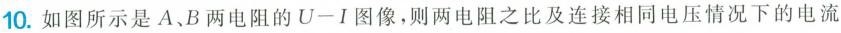
10.如图所示是A、B两电阻的U-I图像，则两电阻之比及连接相同电压情况下的电流